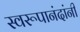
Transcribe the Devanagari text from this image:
स्वरूपानंदांनी